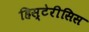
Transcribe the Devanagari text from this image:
हिस्टेरीसिस